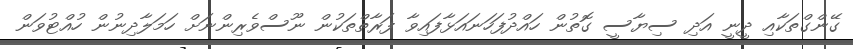
ގޭންގްތަކާއި ދީނީ އަދި ސިޔާސީ ގޮތުން ހައްދުފަހަނައަޅާފައިވާ ފަރާތްތަކުން ނޫސްވެރިންނަށް ހަމަލާދިނުން ހުއްޓުވަން